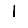
Digit: 1